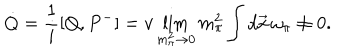
\dot { Q } = \frac { 1 } { i } [ Q , P ^ { - } ] = v \lim _ { m _ { \pi } ^ { 2 } \rightarrow 0 } m _ { \pi } ^ { 2 } \int d \vec { x } \, \omega _ { \pi } \neq 0 .